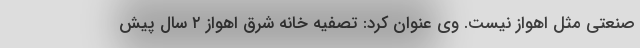
صنعتی مثل اهواز نیست. وی عنوان کرد: تصفیه خانه شرق اهواز ۲ سال پیش